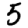
Digit: 5